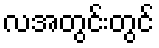
လအတွင်းတွင်